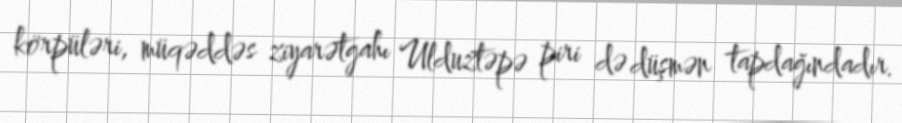
körpüləri, müqəddəs ziyarətgahı Ulduztəpə piri də düşmən tapdağındadır.